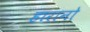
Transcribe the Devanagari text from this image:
हारानो